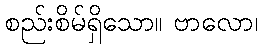
စည်းစိမ်ရှိသော။ ဗာလော၊